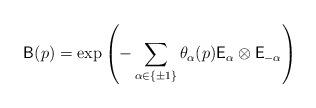
LaTeX: \begin{align*}\mathsf{B}(p)=\exp \left( -\sum_{\alpha \in \{\pm1\} } \theta_{\alpha}(p)\mathsf{E}_{\alpha} \otimes \mathsf{E}_{-\alpha} \right)\end{align*}